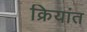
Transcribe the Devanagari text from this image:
क्रियांत